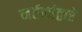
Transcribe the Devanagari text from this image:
नर्तकांद्वारे